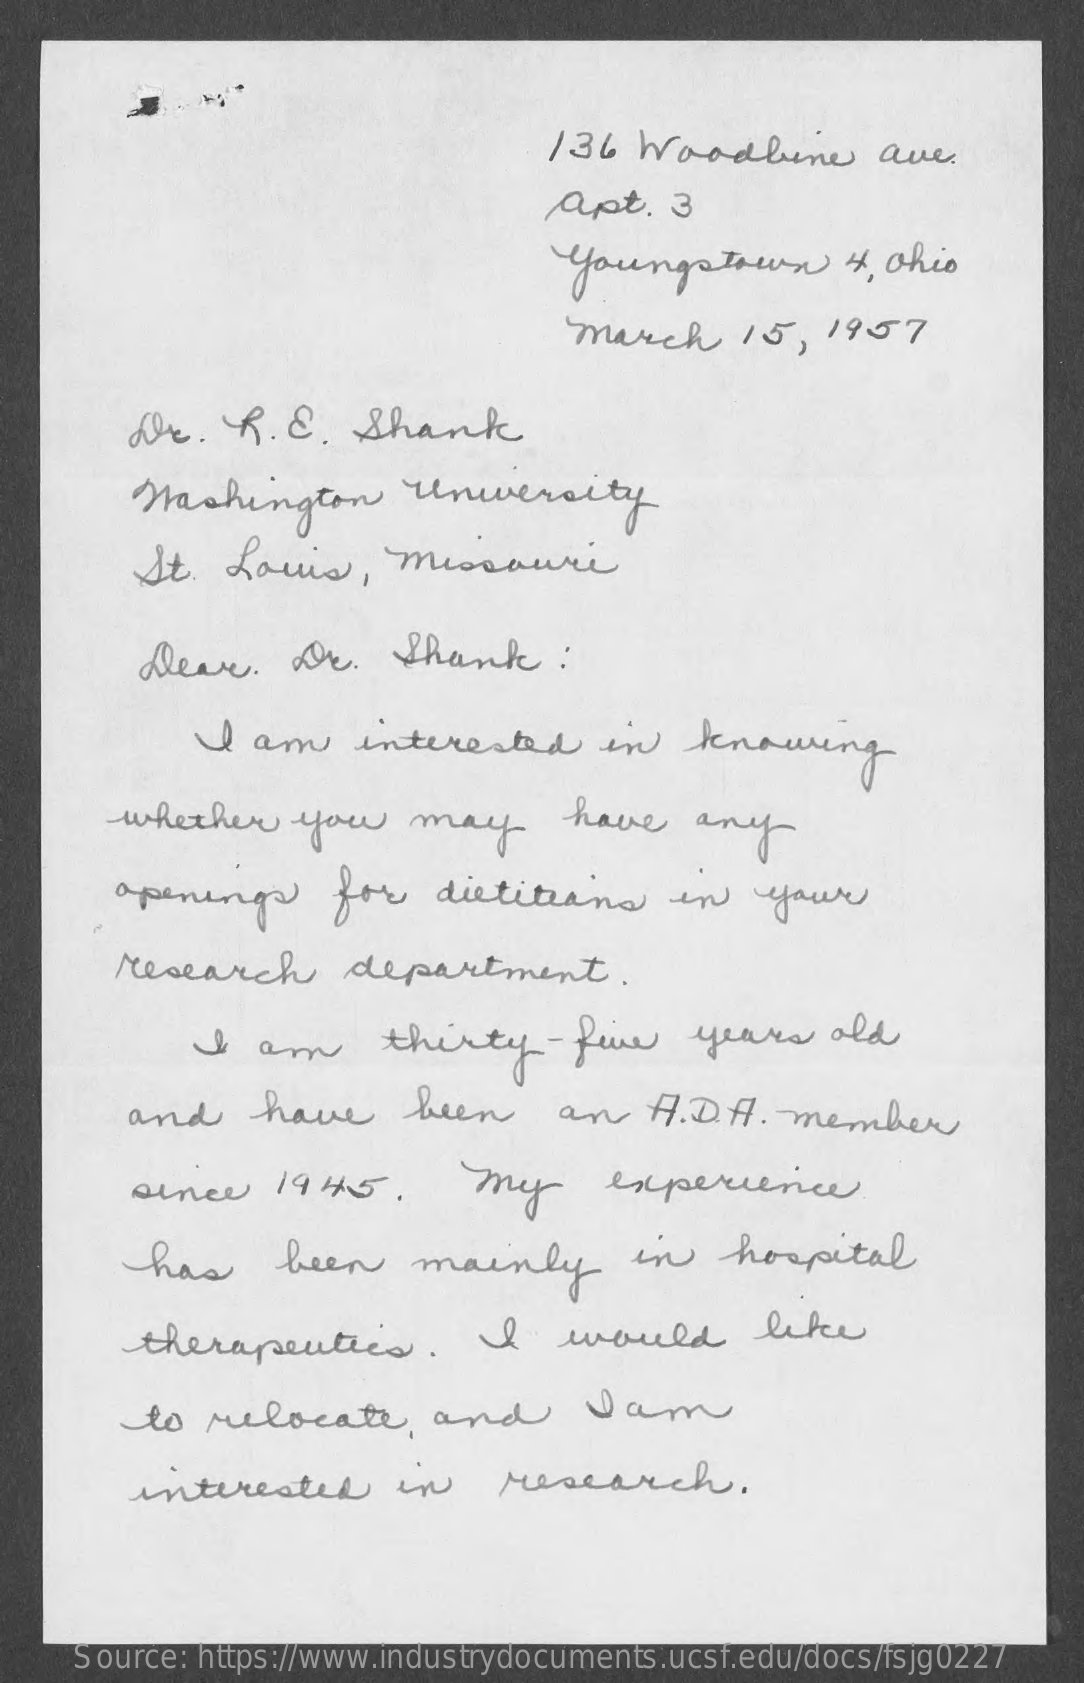
136  Woodbene    ave
     apt.   3
     Youngstown    4, Ohio
     march    15,  1957
     LE.   R.  E.  Shank
     Washington    University
     St.  Louis,    Missouri
     Dear.    Dr.    Shank    :
     I  am    interested    in   knowing
     whether    you    may    have    any
     openings    for   dietitians    in   your
     research    department.
     I   am    thirty-five    years   old
     and    have    been    an    A. D.H.  member
     since   1945.    my    experience
     has    been    mainly    in   hospital
     therapeutics.    I    would    like
     to  relocate    and    Iam
     interested    in    research.
     Source: https://www.industrydocuments.ucsf.edu/docs/fsjg0227